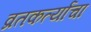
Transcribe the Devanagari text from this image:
व्रतकर्त्यांचा